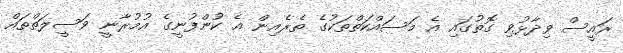
ރައީސް ވިދާޅުވި ގޮތުގައި އެ މަސައްކަތްތަކުގެ ތެރެއިން އެ ކުންފުނީގެ އުމުރާނީ ވަސީލަތްތައް